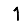
Digit: 1